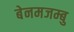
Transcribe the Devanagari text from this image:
बेनमजम्बु